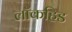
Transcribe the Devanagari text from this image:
लॉकहिड